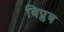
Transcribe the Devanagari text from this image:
विप्लब